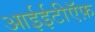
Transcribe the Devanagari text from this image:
आईईटीऍफ़